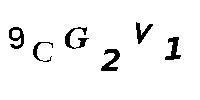
9CG2V1